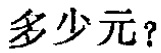
多少元？